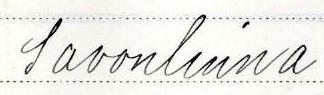
Savonlinna